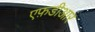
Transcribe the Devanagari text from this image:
एफ़डीआर